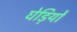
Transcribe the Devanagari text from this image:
घेड़ियों